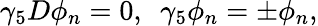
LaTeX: \gamma_{5}D\phi_{n}=0,\ \ \gamma_{5}\phi_{n}=\pm\phi_{n},